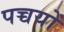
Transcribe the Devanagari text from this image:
पच्चयों